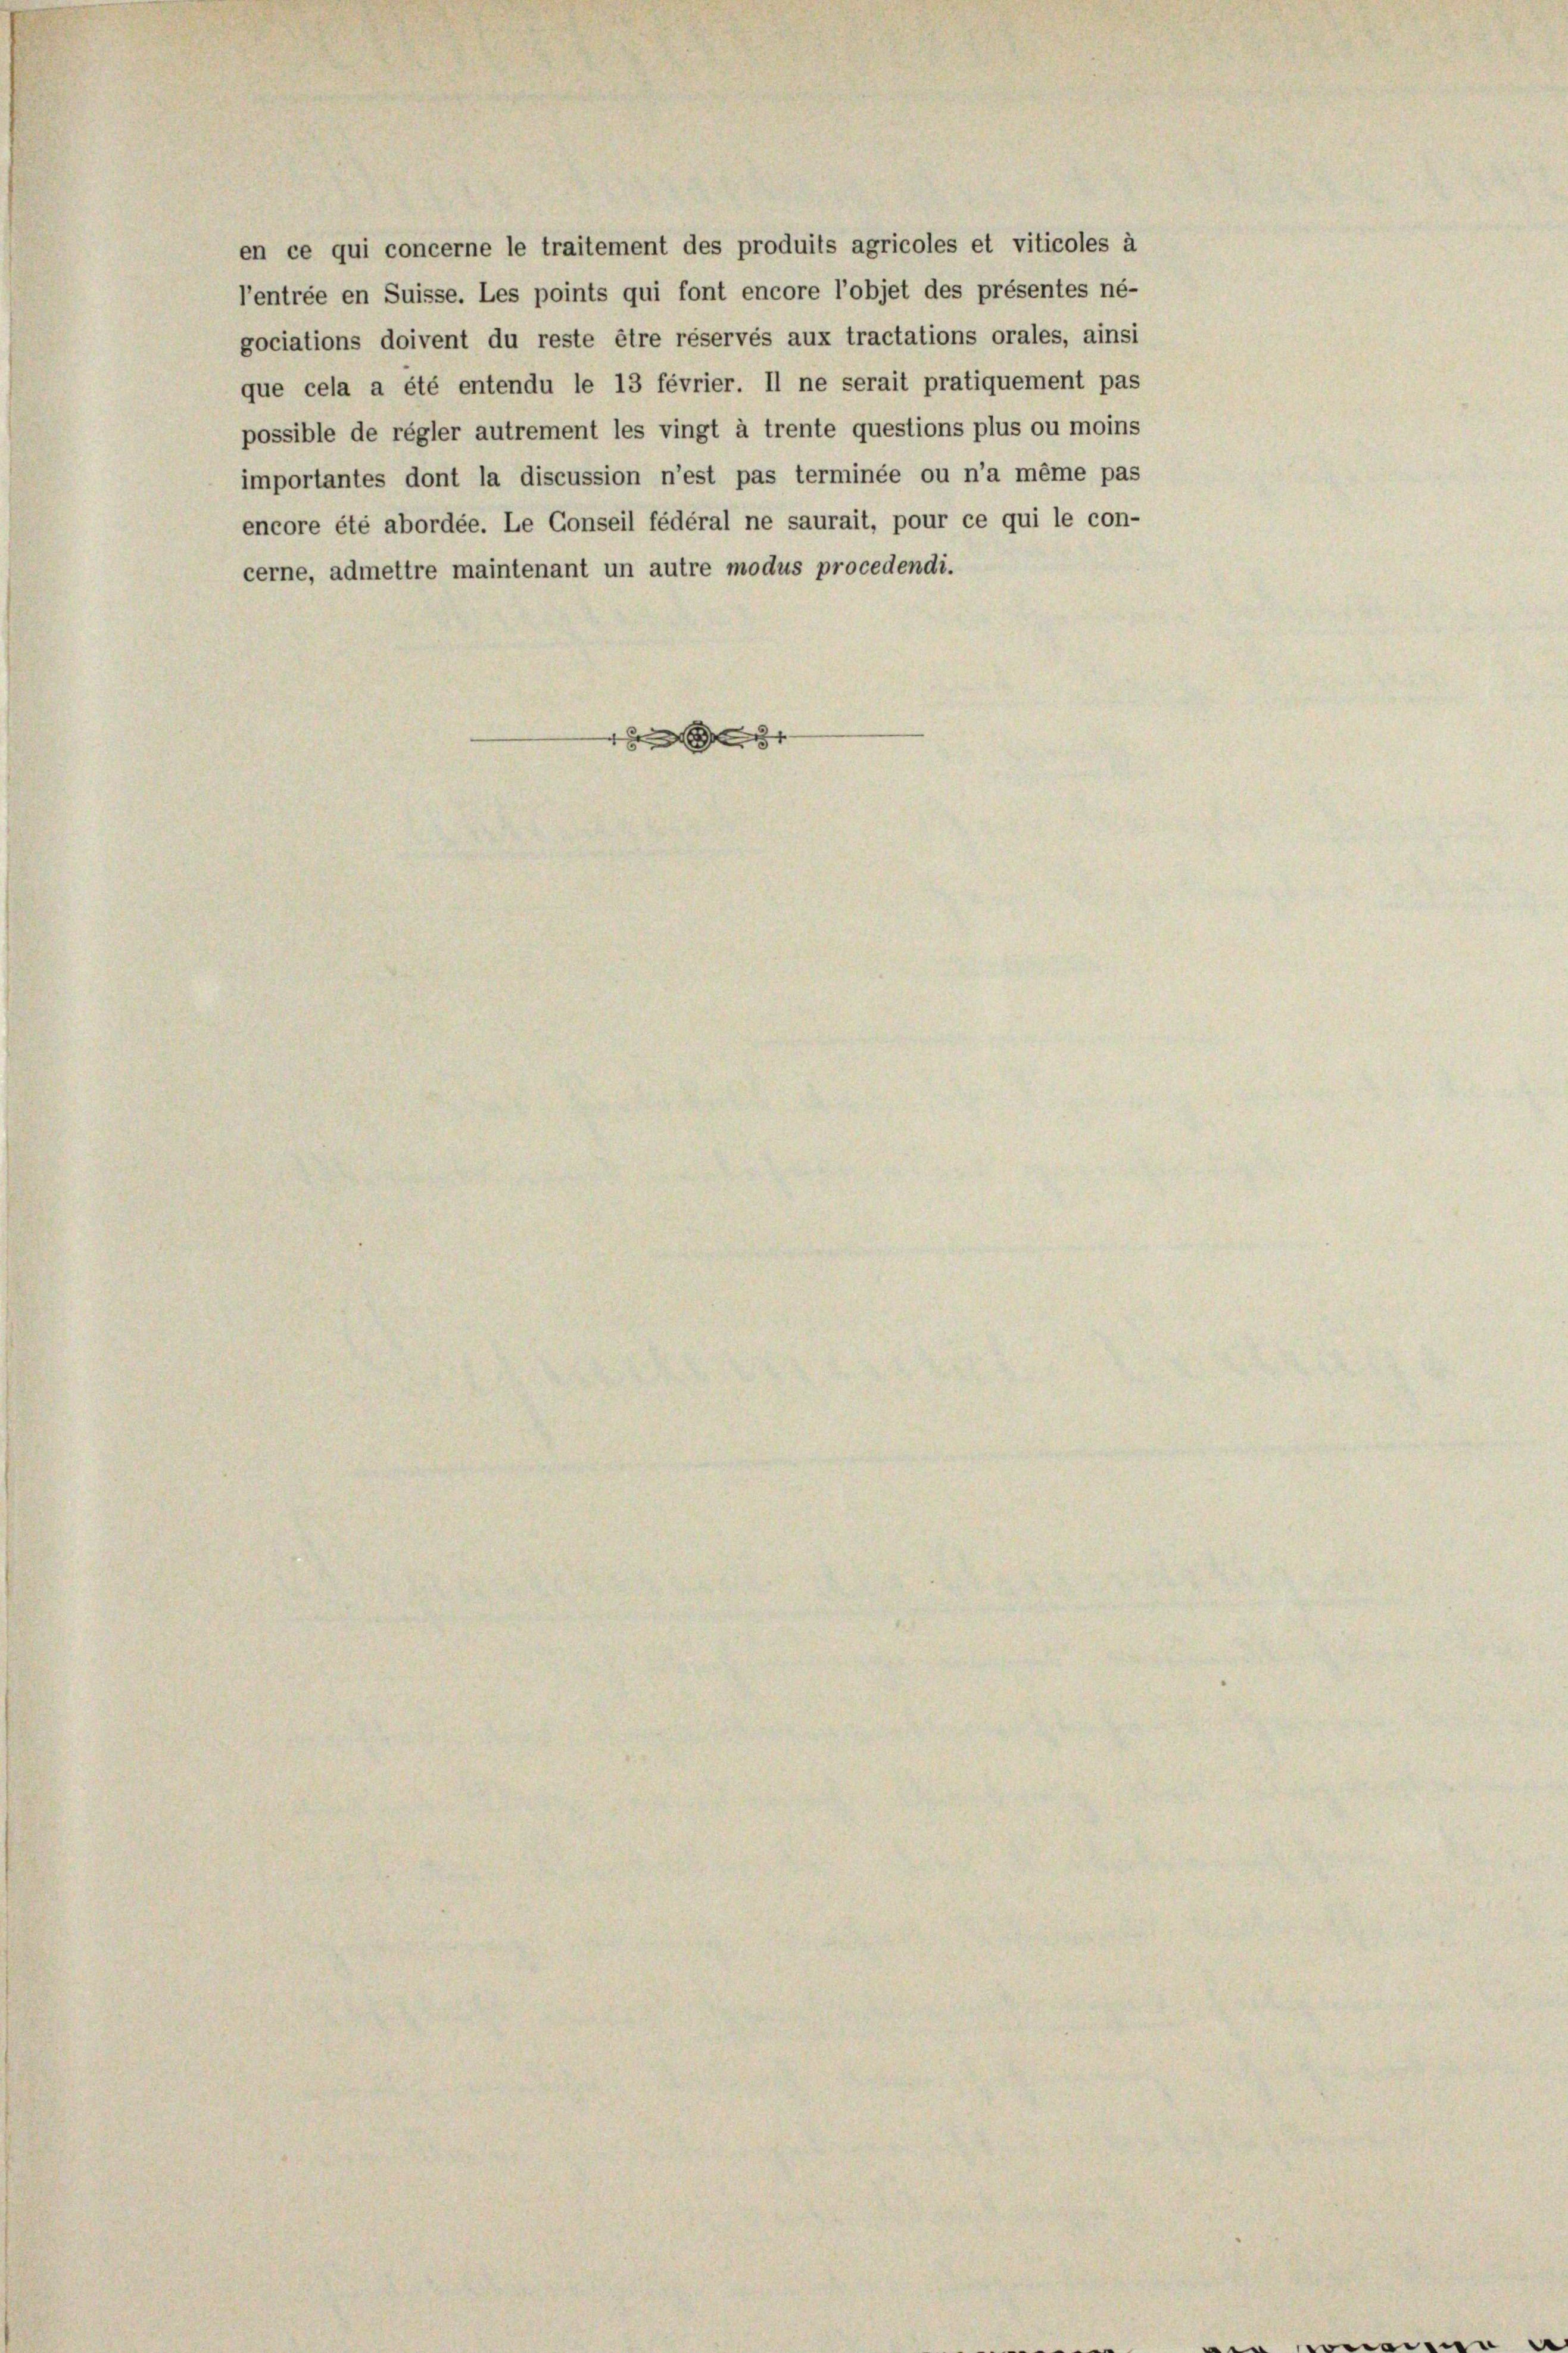
cerne, admettre maintenant un autre modus procedendi.
1

en ce qui concerne le traitement des produits agricoles et viticoles à
l’entrée en Suisse. Les points qui font encore l’objet des présentes né-
gociations doivent du reste être réservés aux tractations orales, ainsi
que cela a été entendu le 13 février. Il ne serait pratiquement pas
possible de régler autrement les vingt à trente questions plus ou moins
importantes dont la discussion n’est pas terminée ou n’a même pas
encore été abordée. Le Conseil fédéral ne saurait, pour ce qui le con-